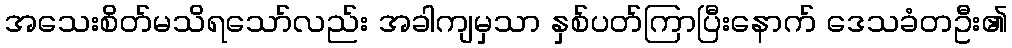
အသေးစိတ်မသိရသော်လည်း အခါကျမှသာ နှစ်ပတ်ကြာပြီးနောက် ဒေသခံတဦး၏